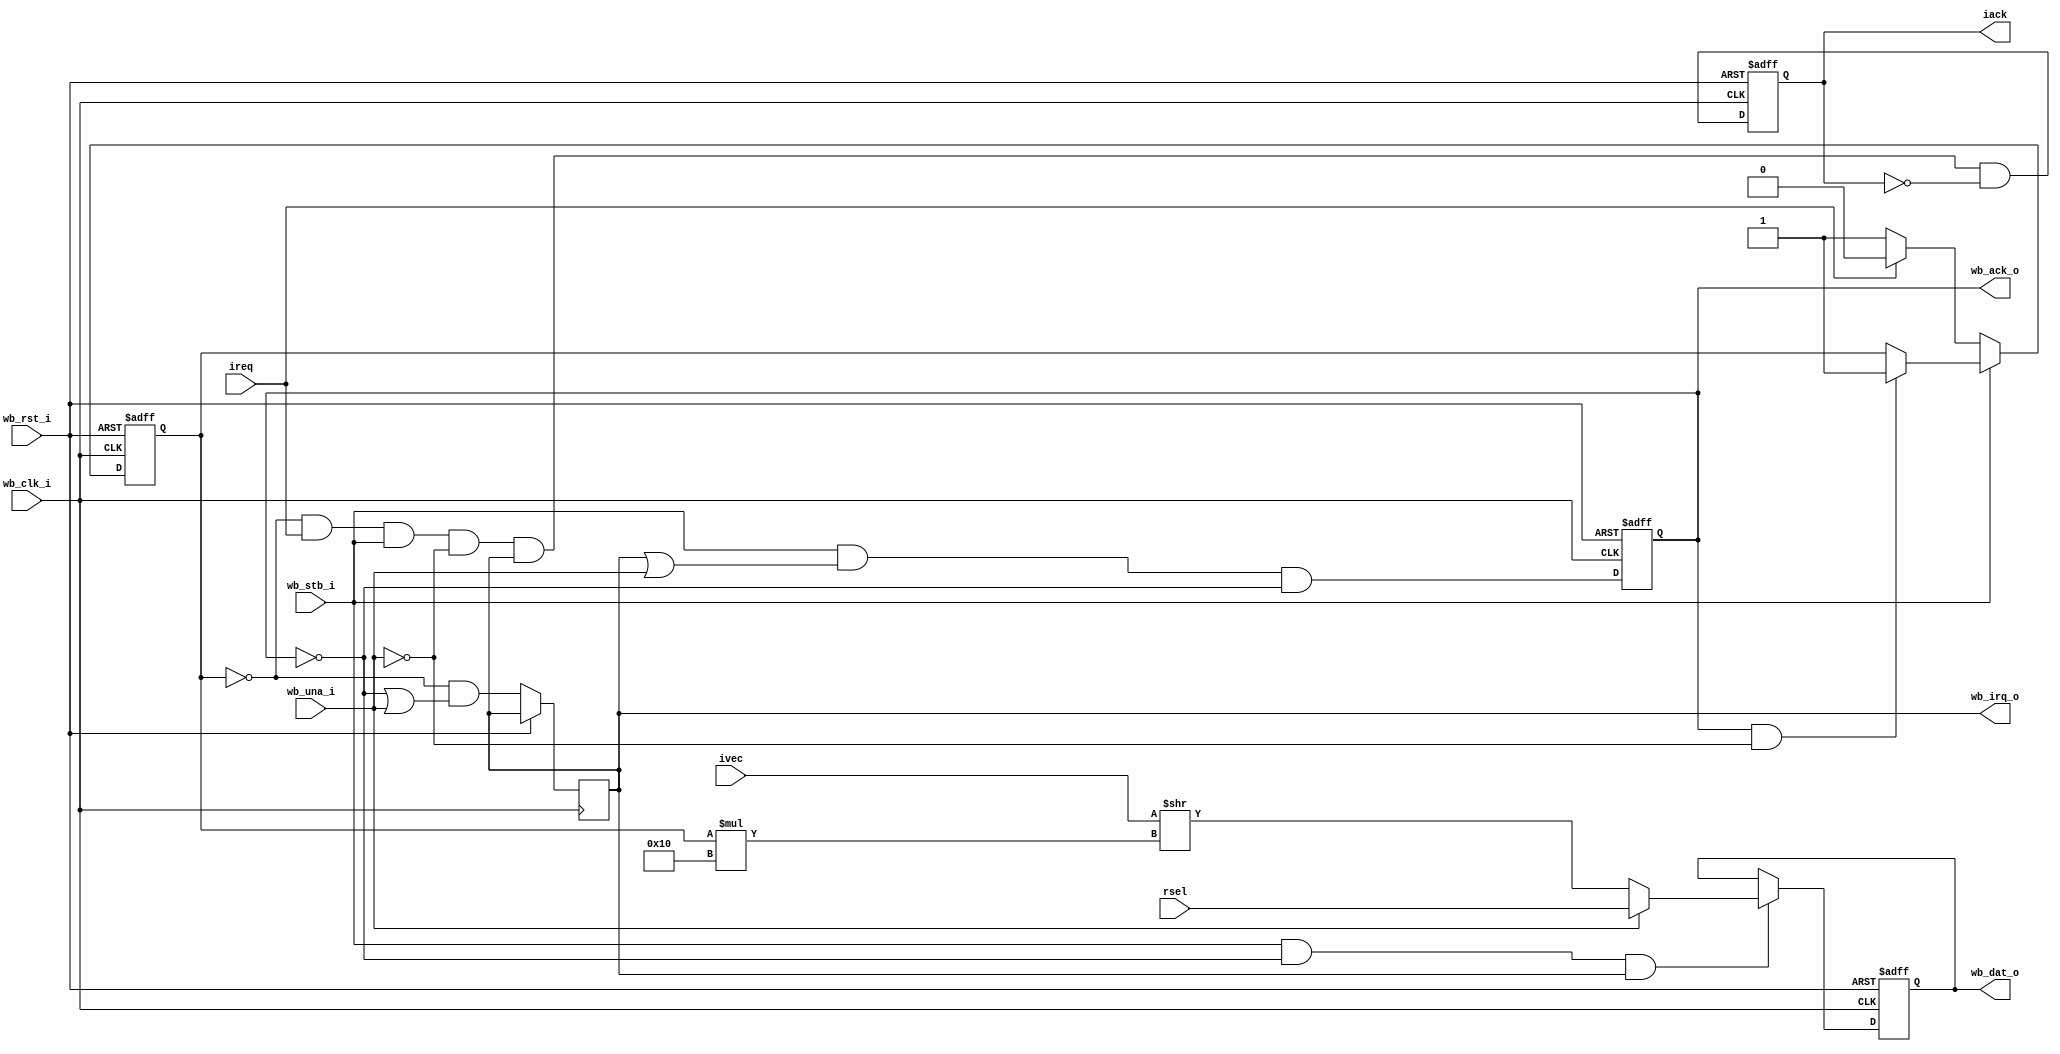
//
// Copyright (c) 2014-2019 by 1801BM1@gmail.com
//
// Vectored interrupt controller
//
// - Wishbon ecompatible
// - Parametrized with vectors and number of interrupts
//______________________________________________________________________________
//
module wbc_vic #(parameter N=1)
(
   input                wb_clk_i,   // system clock
   input                wb_rst_i,   // peripheral reset
   output reg           wb_irq_o,   // vectored interrupt request
   output reg  [15:0]   wb_dat_o,   // interrupt vector output
   input                wb_stb_i,   // interrupt vector strobe
   output reg           wb_ack_o,   // interrupt vector acknowledgement
   input                wb_una_i,   // unaddressed read tag
                                    //
   input        [15:0]  rsel,       // unaddressed read content
   input    [N*16-1:0]  ivec,       // interrupt vector values
   input       [N-1:0]  ireq,       // interrupt request lines
   output reg  [N-1:0]  iack        // interrupt acknowledgements
);
localparam W = log2(N);
//
// Contains the current interrupt number with highest priority or 1's if no any
//
reg   [W-1:0] nvec;
integer i;

always @(posedge wb_clk_i or posedge wb_rst_i)
begin
   if (wb_rst_i)
   begin
      wb_ack_o <= 1'b0;
      wb_dat_o <= 16'O000000;
      iack     <= 0;
      nvec     <= {(W){1'b1}};
   end
   else
   begin
      wb_ack_o <= wb_stb_i & (wb_irq_o | wb_una_i) & ~wb_ack_o;
      wb_irq_o <= ~(&nvec) & (~wb_ack_o | wb_una_i);

      for (i=N-1; i>=0; i=i-1)
         iack[i] <= (nvec == i) & ireq[i] & wb_stb_i & ~wb_una_i & wb_irq_o & ~iack[i];

      if (wb_stb_i & ~wb_ack_o & wb_irq_o)
         if (wb_una_i)
            wb_dat_o <= rsel;
         else
            wb_dat_o <= trunc_w16(ivec >> (nvec*16));

      if (~wb_stb_i)
      begin
         nvec <= {(W){1'b1}};
         for (i=N-1; i>=0; i=i-1)
            if (ireq[i]) nvec <= trunc_int(i);
      end
      else
         if (wb_ack_o & ~wb_una_i)
            nvec <= {(W){1'b1}};
   end
end

function integer log2(input integer value);
   for (log2=0; value>0; log2=log2+1)
      value = value >> 1;
endfunction

function [15:0] trunc_w16(input [N*16-1:0] value);
   trunc_w16 = value[15:0];
endfunction

function [W-1:0] trunc_int(input integer value);
   trunc_int = value[W-1:0];
endfunction
endmodule